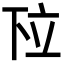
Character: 𬔗